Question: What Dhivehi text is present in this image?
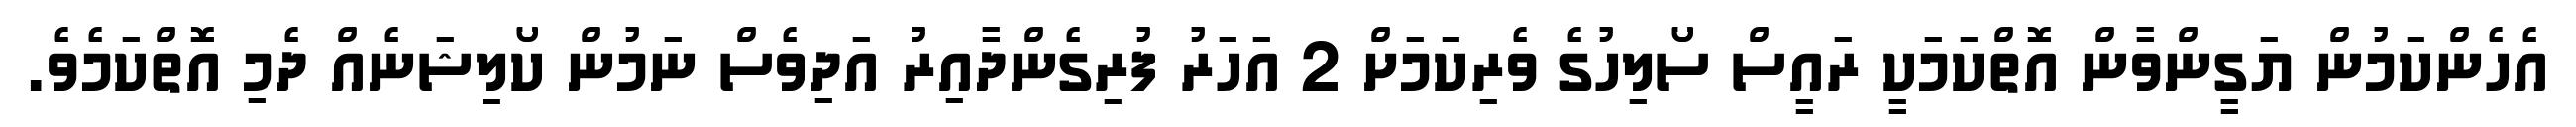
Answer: އެހެންކަމުން ޔަގީންވާން އޮތްކަމަކީ ރައީސް ސޯލިހުގެ ވެރިކަމަށް 2 އަހަރު ފުރިގެންދާއިރު އަދިވެސް ނަމުން ކޯލިޝަނެއް ދެމި އޮތްކަމެވެ.